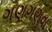
ગણગણવા